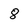
Character: 8